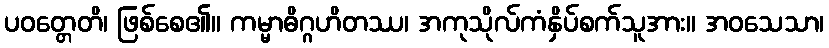
ပဝတ္တေတိ၊ ဖြစ်စေ၏။ ကမ္မာဓိဂ္ဂဟိတဿ၊ အကုသိုလ်ကံနှိပ်စက်သူအား။ အဝသေသာ၊